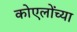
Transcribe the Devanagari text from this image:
कोएलोंच्या